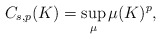
\begin{align*}C_{s,p}(K)=\sup_{\mu}\mu(K)^p,\end{align*}